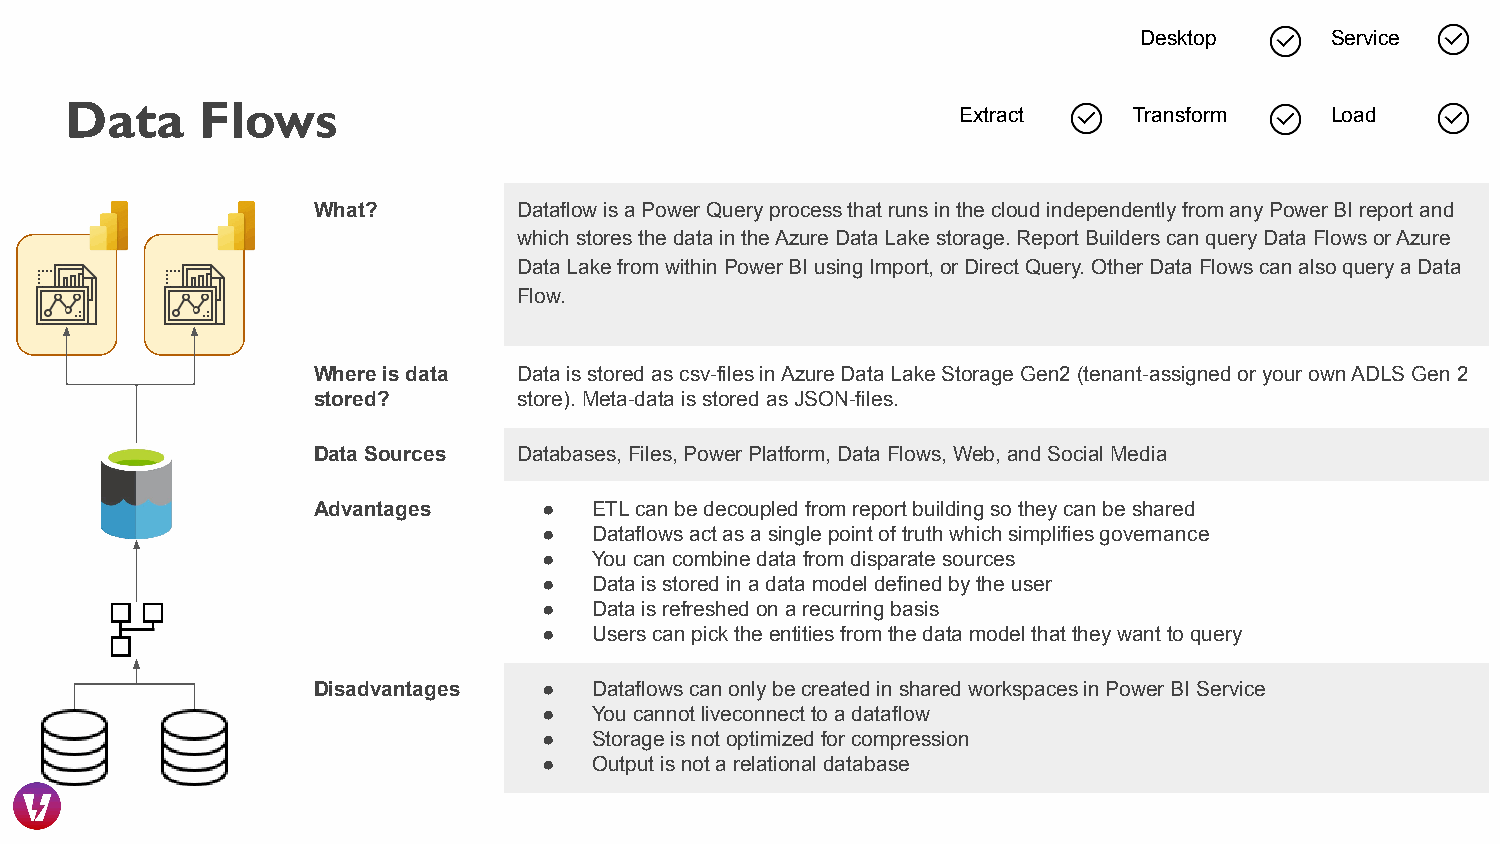
Desktop      Service
 Data     Flows
 Extract     Transform    Load
 What?        Dataflow is a Power Query process that runs in the cloud independently from any Power BI report and
 which stores the data in the Azure Data Lake storage. Report Builders can query Data Flows or Azure
 Data Lake from within Power BI using Import, or Direct Query. Other Data Flows can also query a Data
 Flow.
 Where is data Data is stored as csv-files in Azure Data Lake Storage Gen2 (tenant-assigned or your own ADLS Gen 2
 stored?      store). Meta-data is stored as JSON-files.
 Data Sources Databases, Files, Power Platform, Data Flows, Web, and Social Media
 Advantages     ●  ETL can be decoupled from report building so they can be shared
 ●  Dataflows act as a single point of truth which simplifies governance
 ●  You can combine data from disparate sources
 ●  Data is stored in a data model defined by the user
 ●  Data is refreshed on a recurring basis
 ●  Users can pick the entities from the data model that they want to query
 Disadvantages  ●  Dataflows can only be created in shared workspaces in Power BI Service
 ●  You cannot liveconnect to a dataflow
 ●  Storage is not optimized for compression
 ●  Output is not a relational database